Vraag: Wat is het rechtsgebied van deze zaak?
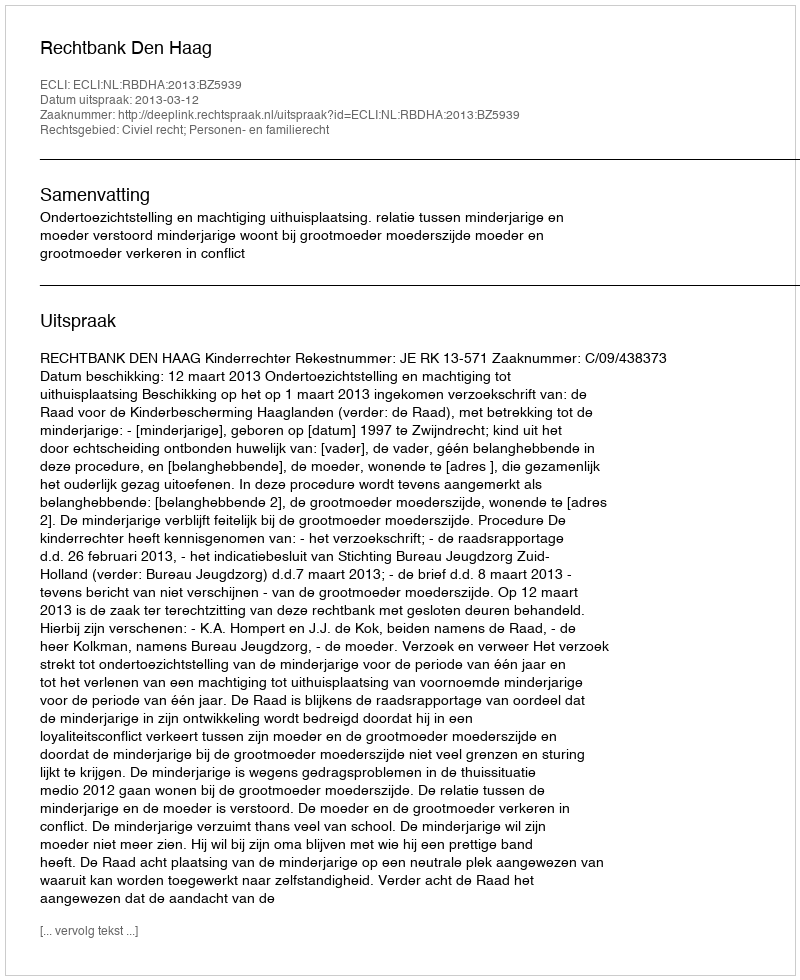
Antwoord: Civiel recht; Personen- en familierecht